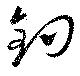
釣